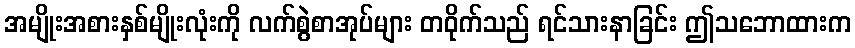
အမျိုးအစားနှစ်မျိုးလုံးကို လက်စွဲစာအုပ်များ တဝိုက်သည် ရင်သားနာခြင်း ဤသဘောထားက